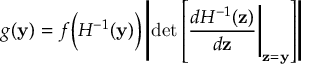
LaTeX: g ( \mathbf { y } ) = f { \Big ( } H ^ { - 1 } ( \mathbf { y } ) { \Big ) } \left\vert \operatorname* { d e t } \left[ { \frac { d H ^ { - 1 } ( \mathbf { z } ) } { d \mathbf { z } } } { \Bigg \vert } _ { \mathbf { z } = \mathbf { y } } \right] \right\vert